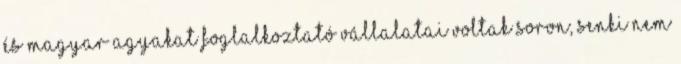
és magyar agyakat foglalkoztató vállalatai voltak soron, senki nem